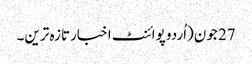
27 جون(اُردو پوائنٹ اخبارتازہ ترین۔